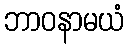
ဘာဝနာမယံ